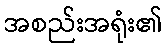
အစည်းအရုံး၏